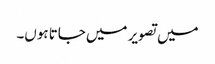
میں تصویر میں جاتا ہوں۔